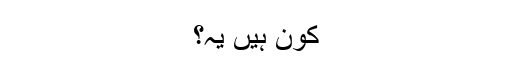
کون ہیں یہ؟